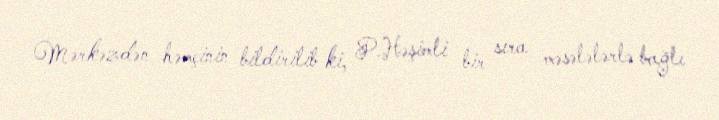
Mərkəzdən həmçinin bildirilib ki, P.Həşimli bir sıra məsələlərlə bağlı